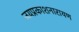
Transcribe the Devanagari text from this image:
जयप्रकाशनारायण